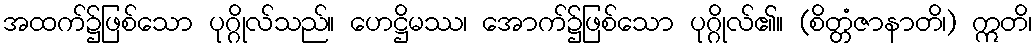
အထက်၌ဖြစ်သော ပုဂ္ဂိုလ်သည်။ ဟေဋ္ဌိမဿ၊ အောက်၌ဖြစ်သော ပုဂ္ဂိုလ်၏။ (စိတ္တံဇာနာတိ၊) ဣတိ၊